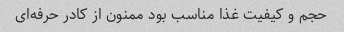
حجم و کیفیت غذا مناسب بود ممنون از کادر حرفه‌ای